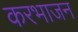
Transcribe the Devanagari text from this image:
करभाजन